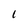
Character: 1